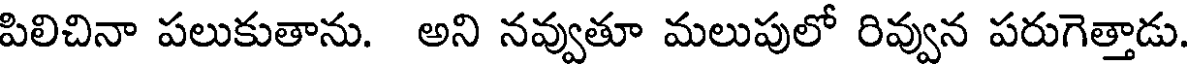
పిలిచినా పలుకుతాను. అని నవ్వుతూ మలుపులో రివ్వున పరుగెత్తాడు